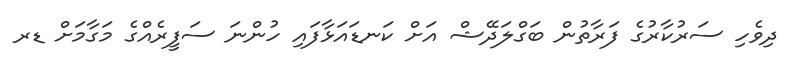
ދިވެހި ސަރުކާރުގެ ފަރާތުން ބަގްލަދޭޝް އަށް ކަނޑައަޅާފައި ހުންނަ ސަފީރެއްގެ މަގާމަށް ޑރ